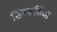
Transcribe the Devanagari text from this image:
सिम्फनिया